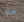
ماذا